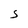
Character: S